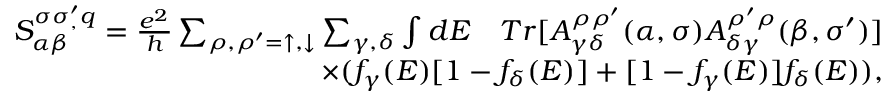
\begin{array} { r } { S _ { \alpha \beta } ^ { \sigma \sigma _ { , } ^ { \prime } q } = \frac { e ^ { 2 } } { h } \sum _ { \rho , \rho ^ { \prime } = \uparrow , \downarrow } \sum _ { \gamma , \delta } \int d E \quad T r [ A _ { \gamma \delta } ^ { \rho \rho ^ { \prime } } ( \alpha , \sigma ) A _ { \delta \gamma } ^ { \rho ^ { \prime } \rho } ( \beta , \sigma ^ { \prime } ) ] } \\ { \times ( f _ { \gamma } ( E ) [ 1 - f _ { \delta } ( E ) ] + [ 1 - f _ { \gamma } ( E ) ] f _ { \delta } ( E ) ) , } \end{array}